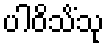
ပါဝိသိံသု